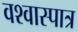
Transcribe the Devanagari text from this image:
वश्वास्पात्र